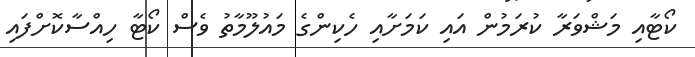
ކޯޓާއި މަޝްވަރާ ކުރަމުން އައި ކަމަށާއި ހެކިންގެ މައުލޫމާތު ވެސް ކޯޓާ ހިއްސާކޮށްފައި